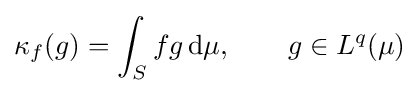
\kappa _{f}(g)=\int _{S}fg\,\mathrm {d} \mu ,\qquad g\in L^{q}(\mu )